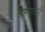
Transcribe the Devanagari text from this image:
समयांतरों